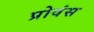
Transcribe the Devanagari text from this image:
प्रोवंस